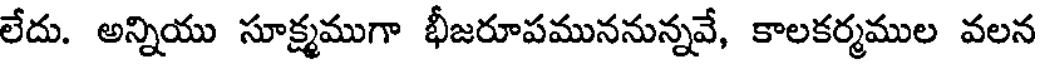
లేదు. అన్నియు సూక్ష్మముగా భీజరూపముననున్నవే, కాలకర్మముల వలన